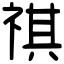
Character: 祺